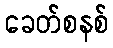
ခေတ်စနစ်